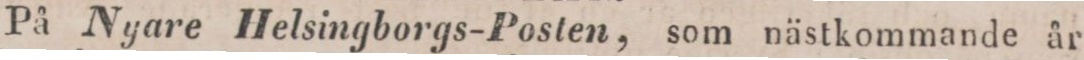
På Nyare Helsingborgs-Posten, som nästkommande år